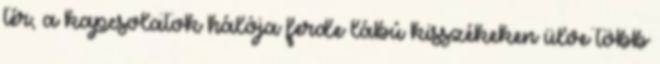
tér, a kapcsolatok hálója ferde lábú kisszékeken ülve több